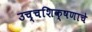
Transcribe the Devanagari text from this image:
उच्चशिक्षणाचे